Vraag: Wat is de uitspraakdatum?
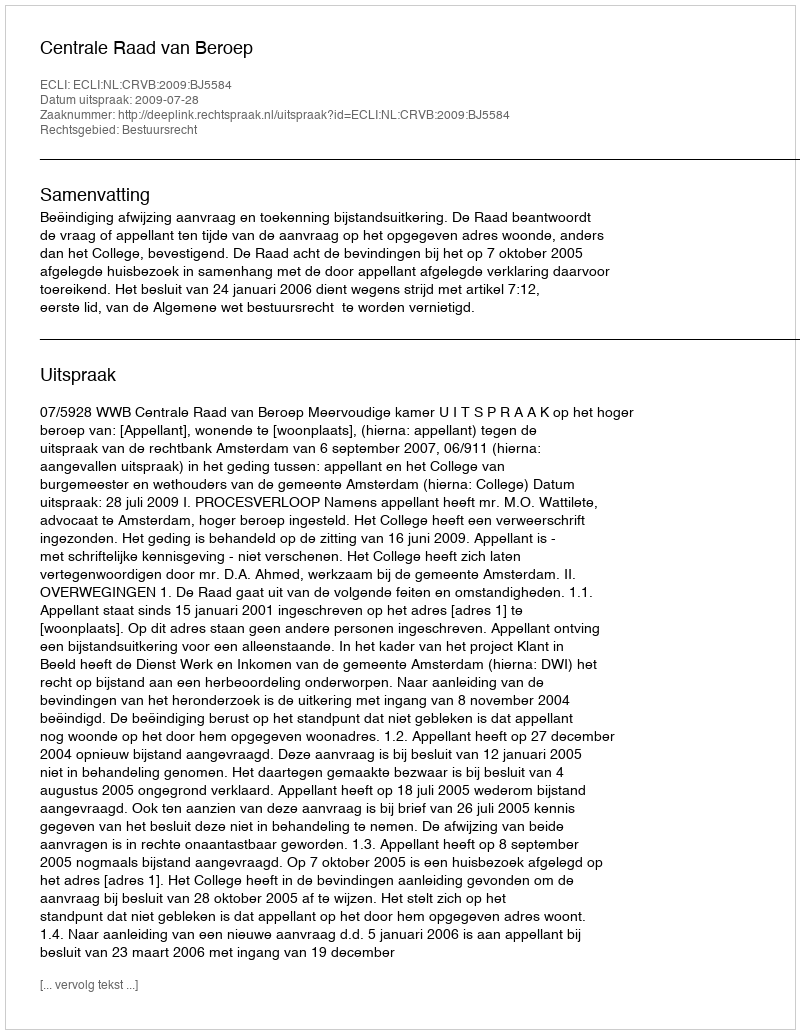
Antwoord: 2009-07-28